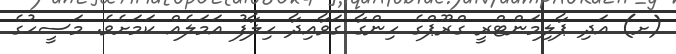
(ށ) އަދި ޕާލިމަންޓްރީ ގްރޫޕްގެ ހިންގާ ގަވާއިދާ ހިލާފު އަމަލެއް ކަމަށެވެ. މަސީހުގެ